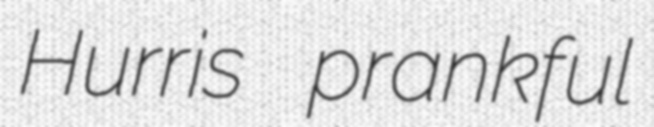
Hurris prankful